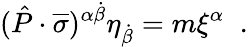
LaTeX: (\hat{P}\cdot\overline{{\sigma}})^{\alpha\dot{\beta}}\eta_{\dot{\beta}}=m\xi^{\alpha}\; \; .